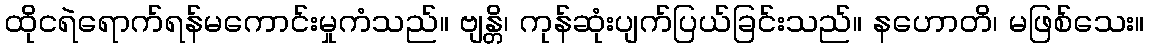
ထိုငရဲရောက်ရန်မကောင်းမှုကံသည်။ ဗျန္တိ၊ ကုန်ဆုံးပျက်ပြယ်ခြင်းသည်။ နဟောတိ၊ မဖြစ်သေး။